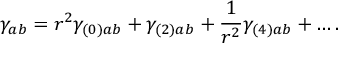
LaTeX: \gamma _ { a b } = r ^ { 2 } \gamma _ { ( 0 ) a b } + \gamma _ { ( 2 ) a b } + \frac { 1 } { r ^ { 2 } } \gamma _ { ( 4 ) a b } + \ldots .